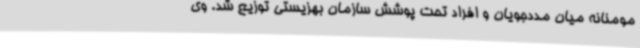
مومنانه میان مددجویان و افراد تحت پوشش سازمان بهزیستی توزیع شد. وی